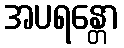
အပရန္တော